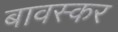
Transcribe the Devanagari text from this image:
बावस्कर